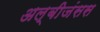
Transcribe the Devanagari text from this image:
अल्बीजंसस